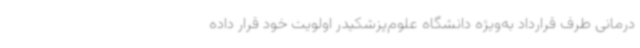
درمانی طرف قرارداد به‌ویژه دانشگاه علوم‌پزشکیدر اولویت خود قرار داده